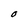
Character: O